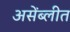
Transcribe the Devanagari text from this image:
असेंब्लीत